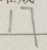
1 7